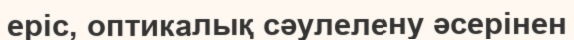
epic, оптикалық сәулелену әсерінен